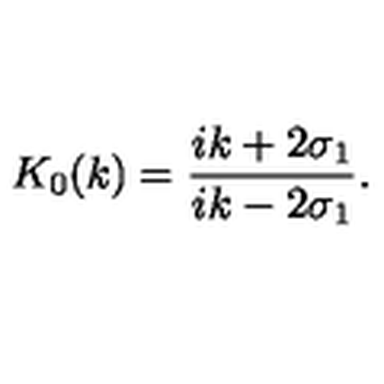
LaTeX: K _ { 0 } ( k ) = \frac { i k + 2 \sigma _ { 1 } } { i k - 2 \sigma _ { 1 } } .